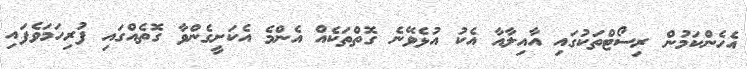
އެހެންކަމުން ރިސޯޓްތަކުގައި އާއިލާއާ އެކު އުޅެވޭނެ ގޮތްތަކެއް އެންމެ އެކަށީގެންވާ ގޮތެއްގައި ފުރިހަމަވެފައި